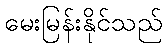
မေးမြန်းနိုင်သည်